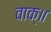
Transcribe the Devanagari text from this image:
वाक्॥